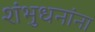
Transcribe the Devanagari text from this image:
शंभुधनांना